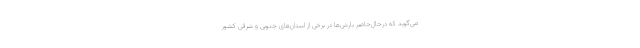
می‌گوید که درحال‌حاضر بارش‌ها در برخی از استان‌های جنوبی و شرقی کشور